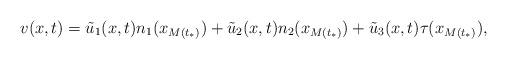
LaTeX: \begin{align*}v(x,t)=\tilde u_1(x,t)n_1(x_{M(t_*)})+\tilde u_2(x,t)n_2(x_{M(t_*)})+\tilde u_3(x,t)\tau(x_{M(t_*)}),\end{align*}